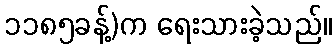
၁၁၈၅ခန့်)က ရေးသားခဲ့သည်။